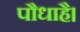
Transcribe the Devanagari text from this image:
पौधाहै।